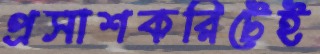
প্রসাশকরিটেই